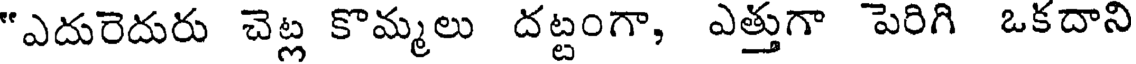
"ఎదురెదురు చెట్ల కొమ్మలు దట్టంగా, ఎత్తుగా పెరిగి ఒకదాని